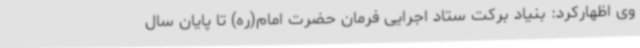
وی اظهارکرد: بنیاد برکت ستاد اجرایی فرمان حضرت امام(ره) تا پایان سال